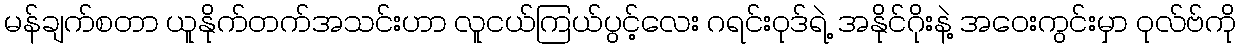
မန်ချက်စတာ ယူနိုက်တက်အသင်းဟာ လူငယ်ကြယ်ပွင့်လေး ဂရင်းဝုဒ်ရဲ့ အနိုင်ဂိုးနဲ့ အဝေးကွင်းမှာ ဝုလ်ဗ်ကို